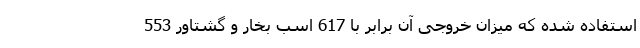
استفاده شده که میزان خروجی آن برابر با 617 اسب بخار و گشتاور 553